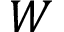
W